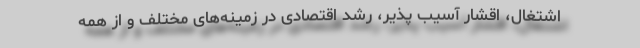
اشتغال، اقشار آسیب پذیر، رشد اقتصادی در زمینه‌های مختلف و از همه